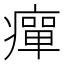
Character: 癉